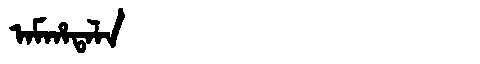
Manchu: ᠠᠮᡥᠠᡨᠠᠯᠠ
Romanization: AMHATALA